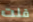
قلت